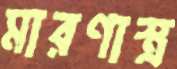
মারণাস্ত্র